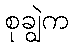
စုချွဲက